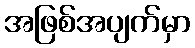
အဖြစ်အပျက်မှာ